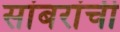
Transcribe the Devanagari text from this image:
सांबरांची